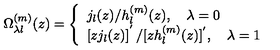
\Omega _ { \lambda l } ^ { ( m ) } ( z ) = \left\{ \begin{array} { l } { j _ { l } ( z ) / h _ { l } ^ { ( m ) } ( z ) , \quad \lambda = 0 } \\ { \left[ z j _ { l } ( z ) \right] ^ { ' } / [ z h _ { l } ^ { ( m ) } ( z ) ] ^ { ' } , \quad \lambda = 1 } \\ \end{array} \right.